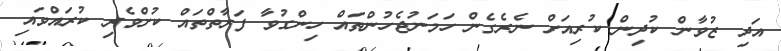
އަދި ޒުވާން ކުދިން ކުރިއަށް ނެރެގެން ހަމަނުޖެހުންތައް ހިންގުވާ ފަރާތްތައް ކުށްވެރި ކުރައްވައި